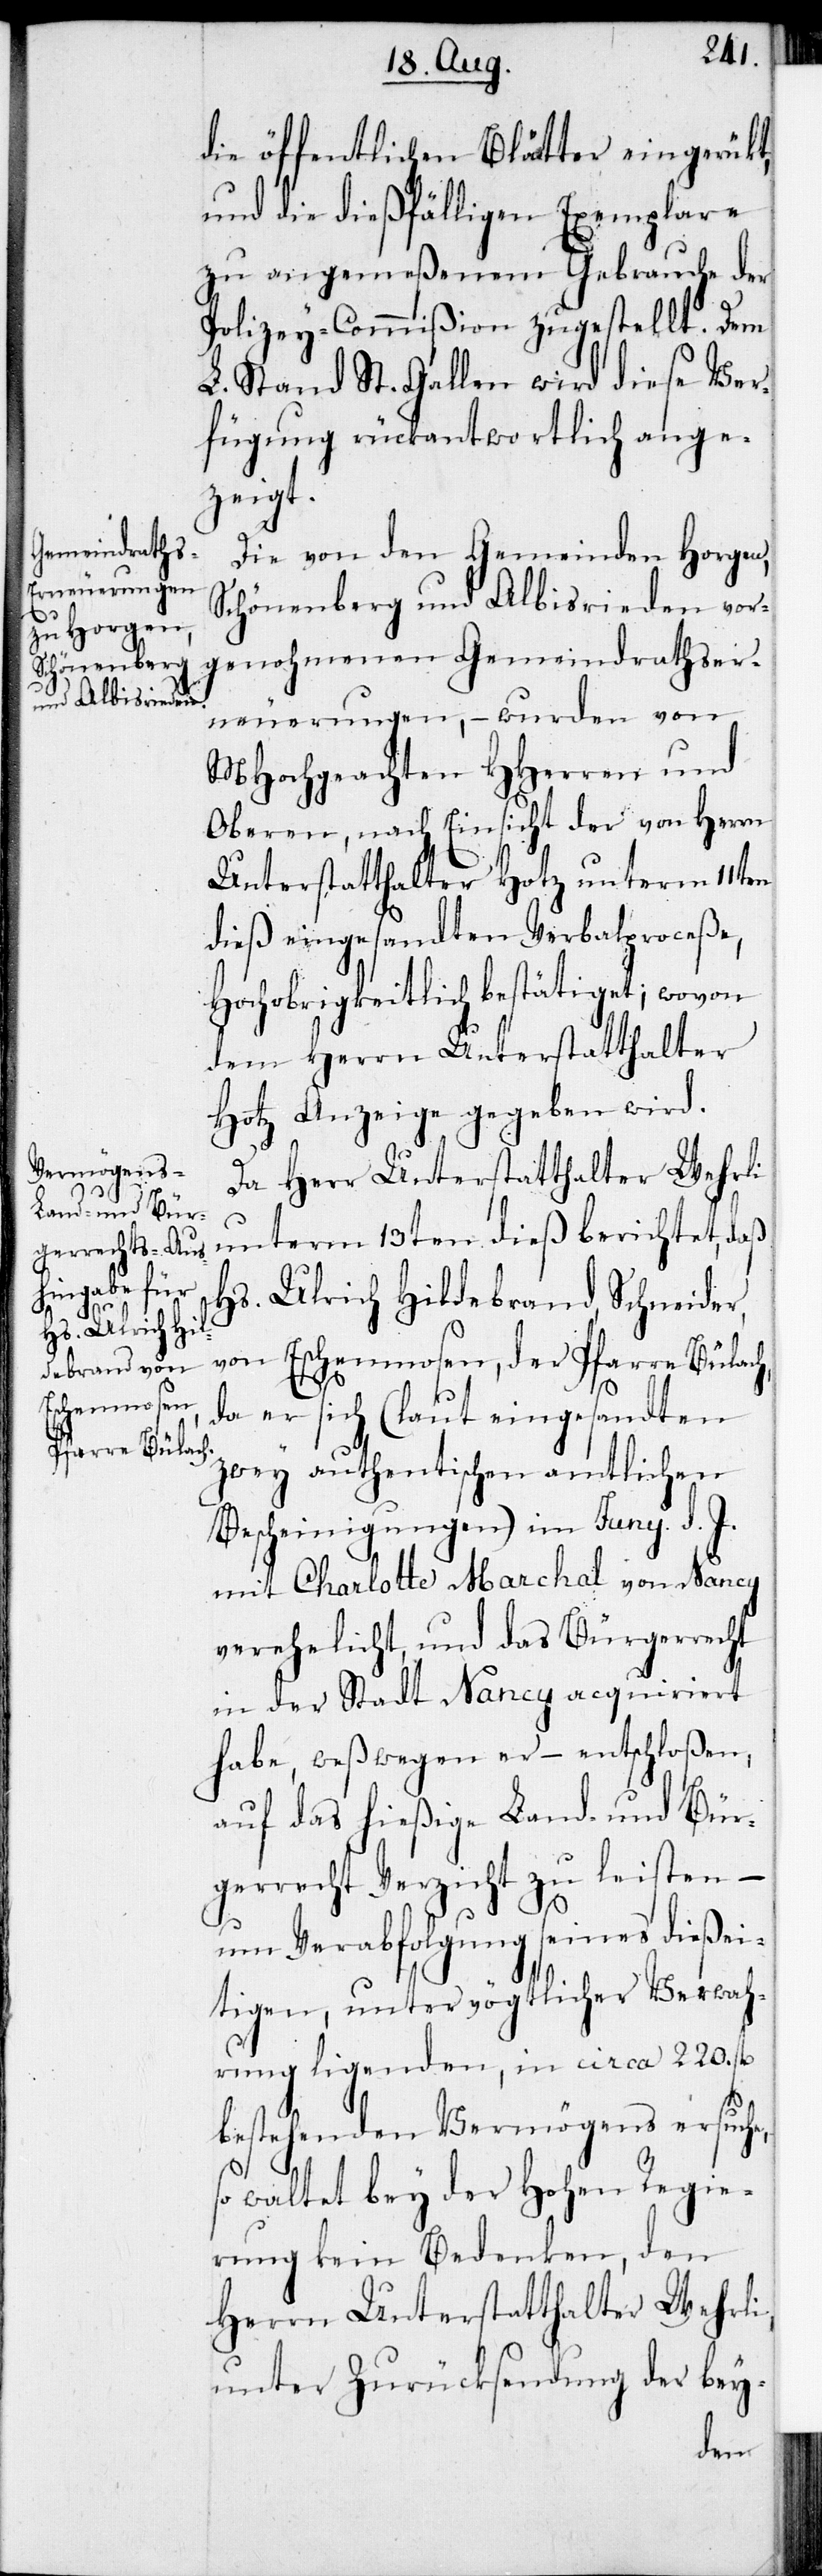
die öffentlichen Blätter eingerükt,
und die dießfälligen Exemplare
zu angemeßenem Gebrauche der
Polizey-Commißion zugestellt. Dem
L. Stand St. Gallen wird diese Ver¬
fügung rückantwortlich ange¬
zeigt.
Die von den Gemeinden Horgen,
Schönenberg und Albisrieden vor¬
genohmenen Gemeindrathser¬
neuerungen, – wurden von
MHochgeachten HHerren und
Oberen, nach Einsicht der von Herrn
Unterstatthalter Hotz unterm 11ten
dieß eingesandten Verbalproceße,
Hochobrigkeitlich bestätiget; wovon
dem Herrn Unterstatthalter
Hotz Anzeige gegeben wird.
Da Herr Unterstatthalter Wehrli
unterm 13ten dieß berichtet, daß
Hs. Ulrich Hildebrand, Schneider,
von Eschenmosen, der Pfarre Bülach,
da er sich (laut eingesandten
zwey authentischen amtlichen
Bescheinigungen) im Juny d. J.
mit Charlotte Marchal von Nancy
verehelicht, und das Bürgerrecht
in der Stadt Nancy acquiriert
habe, weßwegen er – entschloßen,
auf das hießige Land- und Bür¬
gerrecht Verzicht zu leisten –
um Verabfolgung seines dießei¬
tigen, unter vögtlicher Verwah¬
rung ligenden, in circa 220. fl.
bestehenden Vermögens ersuche,
so waltet bey der Hohen Regie¬
rung kein Bedenken, den
Herrn Unterstatthalter Wehrli,
unter Zurücksendung der bey-